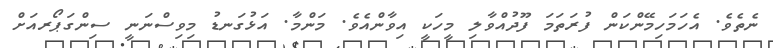
ނެތެވެ. އެހަމަހިމޭންކަން ފުރަތަމަ ފޫދުއްވާލި މީހަކީ އިވާންއެވެ. މަންމާ. އަޅުގަނޑު މިވިސްނަނީ ސިންގަޕޯރއަށް